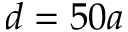
d = 5 0 a